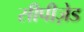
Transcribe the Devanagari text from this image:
सीपीज़ेड